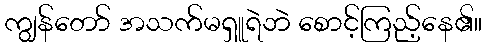
ကျွန်တော် အသက်မရှူရဲဘဲ စောင့်ကြည့်နေ၏။